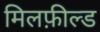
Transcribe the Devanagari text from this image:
मिलफ़ील्ड